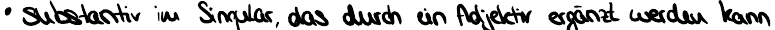
Substantiv im Singular, das durch ein Adjektiv ergänzt werden kann